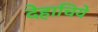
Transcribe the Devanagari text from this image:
देहाचिये